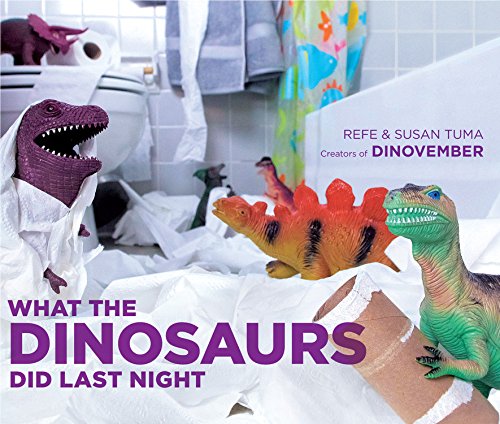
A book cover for What the Dinosaurs Did Last Night; Refe Tuma; Humor & Entertainment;